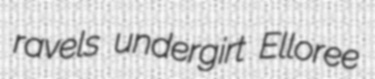
ravels undergirt Elloree